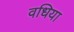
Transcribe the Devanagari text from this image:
वधिया